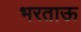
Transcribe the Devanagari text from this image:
भरताऊ